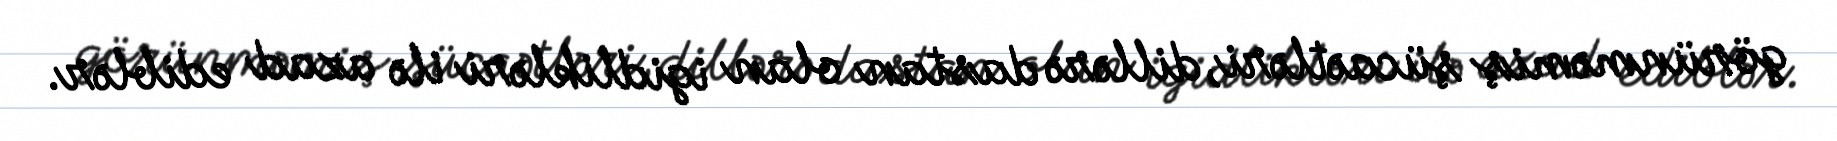
görünməmiş şücaətləri, dillərə dastan olan igidlikləri ilə azad ediblər.